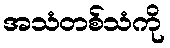
အသံတစ်သံကို